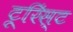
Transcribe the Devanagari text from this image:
टूरिंस्ट